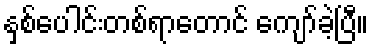
နှစ်ပေါင်းတစ်ရာတောင် ကျော်ခဲ့ပြီ။